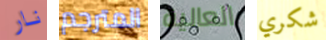
نار المترجم العالية شكري